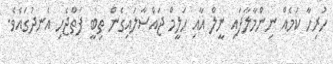
ހުރިހާ ކަމެއް ނިންމާލާފައި ނީލް އާއި ހަލީމް ޖައްސާލައިގެން ތިބީ ފަތްޖެހި އެނދުގައެވެ.